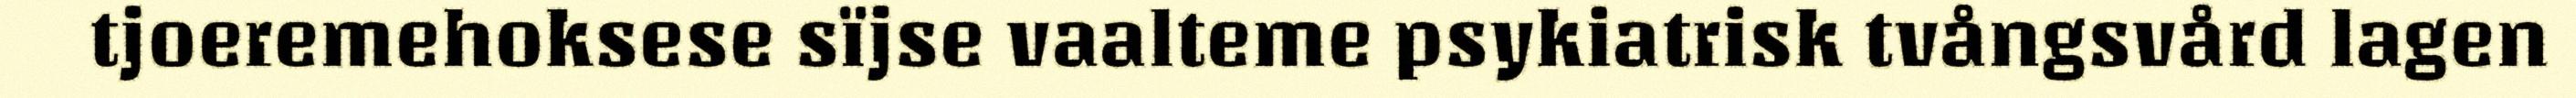
tjoeremehoksese sïjse vaalteme psykiatrisk tvångsvård lagen